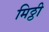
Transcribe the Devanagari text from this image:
मिठ्ठी